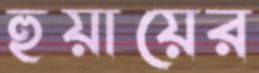
হুয়ায়ের